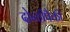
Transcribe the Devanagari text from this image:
दोन्हीपैकी